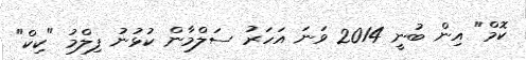
ކޮމް" އިން ބުނީ 2014 ވަނަ އަހަރު ސަލްމާން ކުޅުނު ފިލްމު "ކިކް"